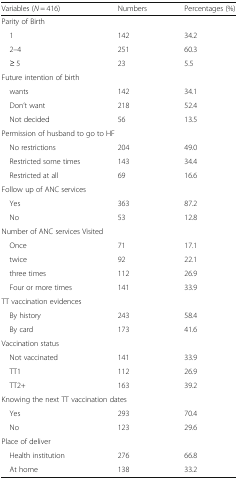
| Variables (N = 416) | Numbers | Percentages (%) |
 | --- | --- | --- |
 | <COLSPAN=3> Parity of Birth |
 | 1 | 142 | 34.2 |
 | 2–4 | 251 | 60.3 |
 | ≥ 5 | 23 | 5.5 |
 | Future intention of birth |  |  |
 | wants | 142 | 34.1 |
 | Don’t want | 218 | 52.4 |
 | Not decided | 56 | 13.5 |
 | <COLSPAN=3> Permission of husband to go to HF |
 | No restrictions | 204 | 49.0 |
 | Restricted some times | 143 | 34.4 |
 | Restricted at all | 69 | 16.6 |
 | <COLSPAN=3> Follow up of ANC services |
 | Yes | 363 | 87.2 |
 | No | 53 | 12.8 |
 | <COLSPAN=3> Number of ANC services Visited |
 | Once | 71 | 17.1 |
 | twice | 92 | 22.1 |
 | three times | 112 | 26.9 |
 | Four or more times | 141 | 33.9 |
 | <COLSPAN=3> TT vaccination evidences |
 | By history | 243 | 58.4 |
 | By card | 173 | 41.6 |
 | <COLSPAN=3> Vaccination status |
 | Not vaccinated | 141 | 33.9 |
 | TT1 | 112 | 26.9 |
 | TT2+ | 163 | 39.2 |
 | <COLSPAN=3> Knowing the next TT vaccination dates |
 | Yes | 293 | 70.4 |
 | No | 123 | 29.6 |
 | <COLSPAN=3> Place of deliver |
 | Health institution | 276 | 66.8 |
 | At home | 138 | 33.2 |